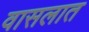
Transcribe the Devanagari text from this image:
वासलात